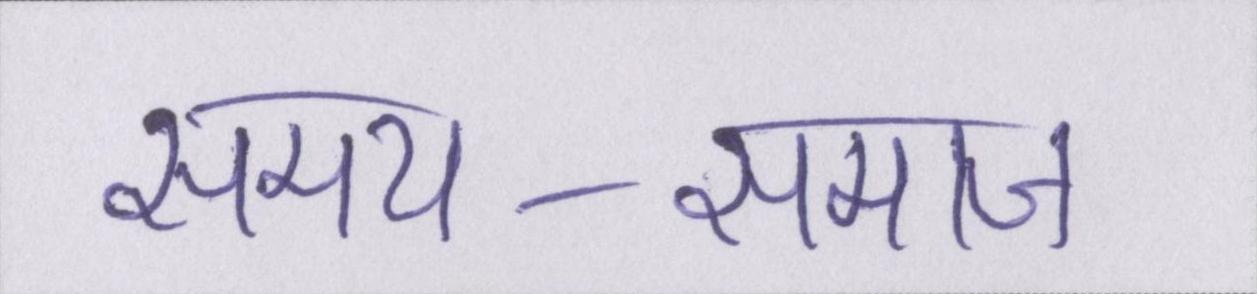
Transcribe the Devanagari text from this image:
समय-समाज